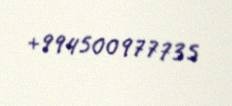
+994500977735